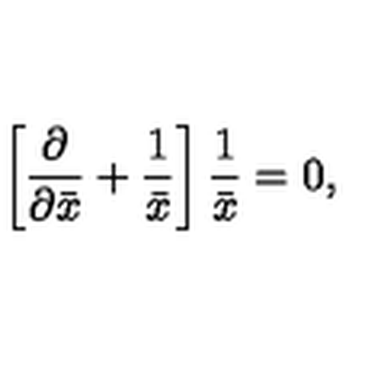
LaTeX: \left[ { \frac { \partial } { \partial \bar { x } } } + { \frac { 1 } { \bar { x } } } \right] { \frac { 1 } { \bar { x } } } = 0 ,